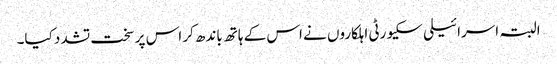
البتہ اسرائیلی سکیورٹی اہلکاروں نے اس کے ہاتھ باندھ کر اس پر سخت تشدد کیا۔